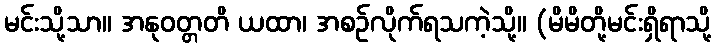
မင်းသို့သာ။ အနုဝတ္တတိ ယထာ၊ အစဉ်လိုက်ရသကဲ့သို့။ (မိမိတို့မင်းရှိရာသို့